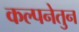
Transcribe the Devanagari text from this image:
कल्पनेतुन